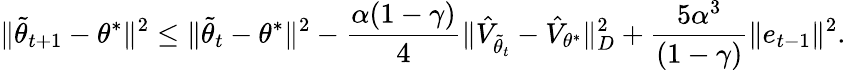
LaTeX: \Vert\tilde{\theta}_{t+1}-\theta^{*}\Vert^{2}\leq\Vert\tilde{\theta}_{t}-\theta^{*}\Vert^{2}-\frac{\alpha(1-\gamma)}{4}\Vert\hat{V}_{\tilde{\theta}_{t}}-\hat{V}_{\theta^{*}}\Vert_{D}^{2}+\frac{5\alpha^{3}}{(1-\gamma)}\Vert e_{t-1}\Vert^{2}.